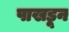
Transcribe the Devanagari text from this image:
पाखडून